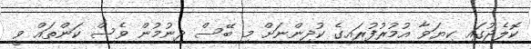
ކޮލެޖުގައި ކިޔަވާ އުމުރުފުރައިގެ ކުދިންނަށް މި ބޭސް ދިނުމުން ވެސް ކަންތައް ވީ